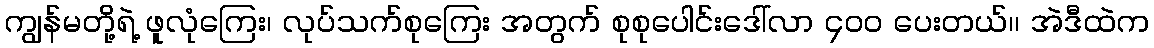
ကျွန်မတို့ရဲ့ ဖူလုံကြေး၊ လုပ်သက်စုကြေး အတွက် စုစုပေါင်းဒေါ်လာ ၄၀၀ ပေးတယ်၊၊ အဲဒီထဲက